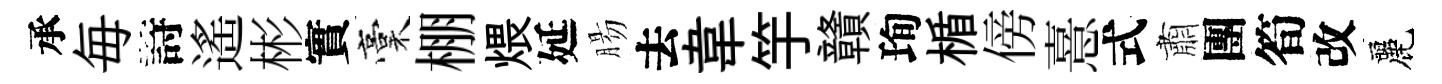
承毎詩遙彬實稾棚煨延腸去韋竽贛珣楯傍憙式肅團筍改麗